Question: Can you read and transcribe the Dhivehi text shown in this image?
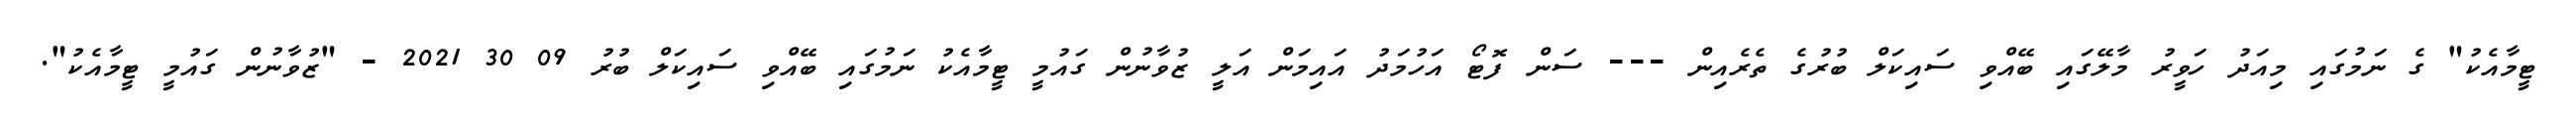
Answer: ޓީމާއެކު" ގެ ނަމުގައި މިއަދު ހަވީރު މާލޭގައި ބޭއްވި ސައިކަލް ބުރުގެ ތެރެއިން --- ސަން ފޮޓޯ އަހުމަދު އައިމަން އަލީ ޒުވާނުން ގައުމީ ޓީމާއެކު ނަމުގައި ބޭއްވި ސައިކަލް ބުރު 09 30 2021 - "ޒުވާނުން ގައުމީ ޓީމާއެކު".